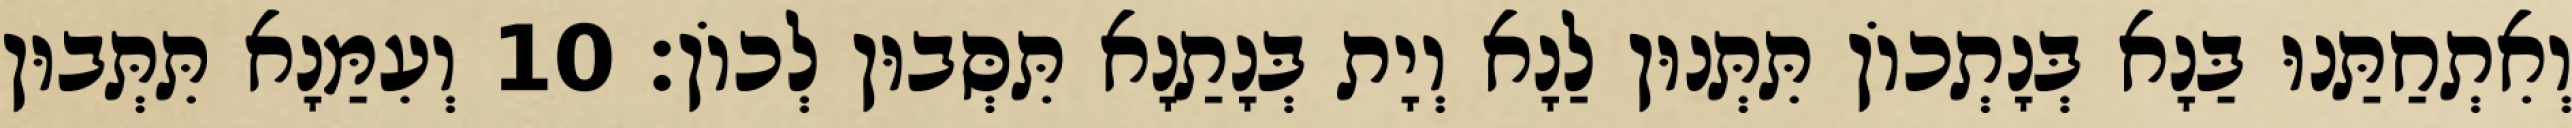
וְאִתְחַתַּנוּ בַּנָא בְּנָתְכוֹן תִּתְּנוּן לַנָא וְיָת בְּנָתַנָא תִּסְּבוּן לְכוֹן׃ 10 וְעִמַּנָא תִּתְּבוּן